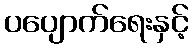
ပပျောက်ရေးနှင့်